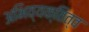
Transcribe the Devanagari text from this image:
अभिव्यक्तित्व